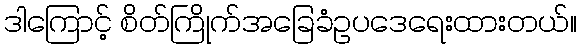
ဒါကြောင့် စိတ်ကြိုက်အခြေခံဥပဒေရေးထားတယ်။